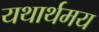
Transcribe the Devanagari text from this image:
यथार्थमय